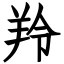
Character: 羚